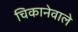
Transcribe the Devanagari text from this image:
चिकानेवाले